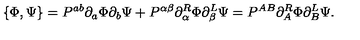
\{ \Phi , \Psi \} = P ^ { a b } \partial _ { a } \Phi \partial _ { b } \Psi + P ^ { \alpha \beta } \partial _ { \alpha } ^ { R } \Phi \partial _ { \beta } ^ { L } \Psi = P ^ { A B } \partial _ { A } ^ { R } \Phi \partial _ { B } ^ { L } \Psi .